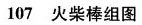
107火柴棒组图